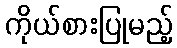
ကိုယ်စားပြုမည့်